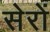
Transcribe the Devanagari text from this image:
सेरों